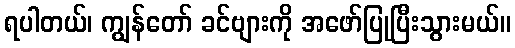
ရပါတယ်၊ ကျွန်တော် ခင်ဗျားကို အဖော်ပြုပြီးသွားမယ်။